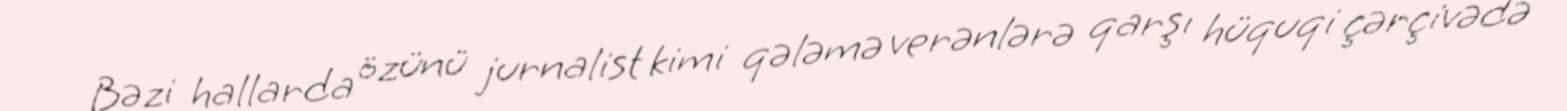
Bəzi hallarda özünü jurnalist kimi qələmə verənlərə qarşı hüquqi çərçivədə